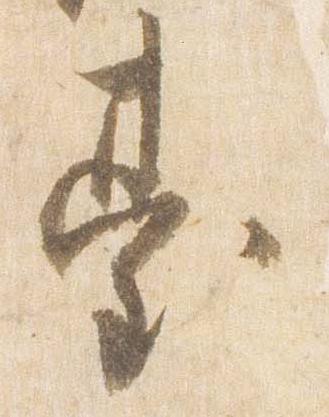
台